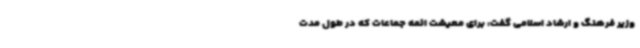
وزیر فرهنگ و ارشاد اسلامی گفت: برای معیشت ائمه جماعات که در طول مدت